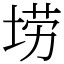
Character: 𫭼